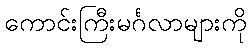
ကောင်းကြီးမင်္ဂလာများကို